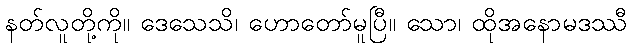
နတ်လူတို့ကို။ ဒေသေသိ၊ ဟောတော်မူပြီ။ သော၊ ထိုအနောမဒဿီ